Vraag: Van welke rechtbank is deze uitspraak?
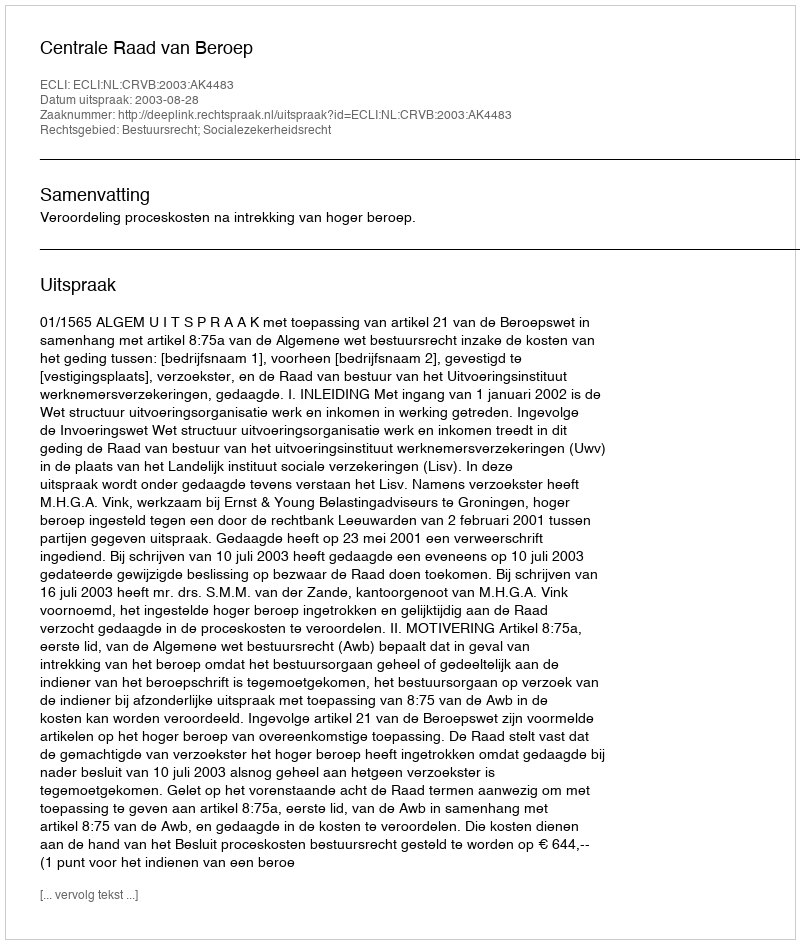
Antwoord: Centrale Raad van Beroep